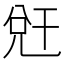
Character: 𭀧